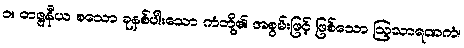
၁။ တဇ္ဇနီယ စသော ခုနစ်ပါးသော ကံတို့၏ အစွမ်းဖြင့် ဖြစ်သော ဩသာရဏကံ၊